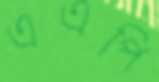
এএপি